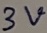
Text: 3V